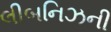
લીબનિઝની